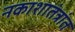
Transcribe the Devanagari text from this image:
नकाशातंत्रांत